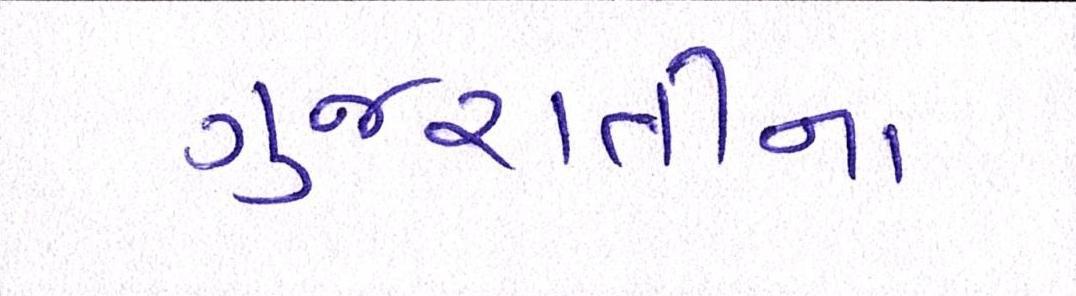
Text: ગુજરાતીના